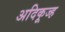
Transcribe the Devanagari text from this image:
अदिकूज्ह